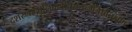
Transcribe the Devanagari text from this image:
दशस्नानानिकुर्वीततत्तन्मंत्रैर्विचक्षणः